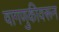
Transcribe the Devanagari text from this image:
वागणुकीवरून